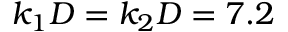
k _ { 1 } D = k _ { 2 } D = 7 . 2